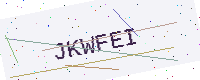
Text: JKWFEI